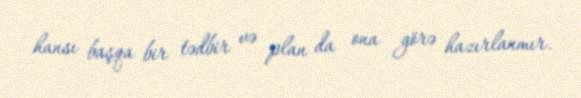
hansı başqa bir tədbir və plan da ona görə hazırlanmır.